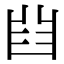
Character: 𠚒